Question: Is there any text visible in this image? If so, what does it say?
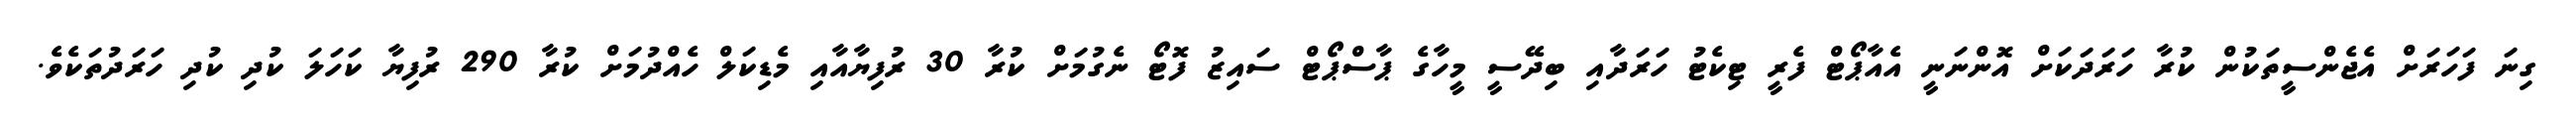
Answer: ގިނަ ފަހަރަށް އެޖެންސީތަކުން ކުރާ ހަރަދަކަށް އޮންނަނީ އެއާޕޯޓް ފެރީ ޓިކެޓު ހަރަދާއި ބިދޭސީ މީހާގެ ޕާސްޕޯޓް ސައިޒު ފޮޓޯ ނެގުމަށް ކުރާ 30 ރުފިޔާއާއި މެޑިކަލް ހެއްދުމަށް ކުރާ 290 ރުފިޔާ ކަހަލަ ކުދި ކުދި ހަރަދުތަކެވެ.